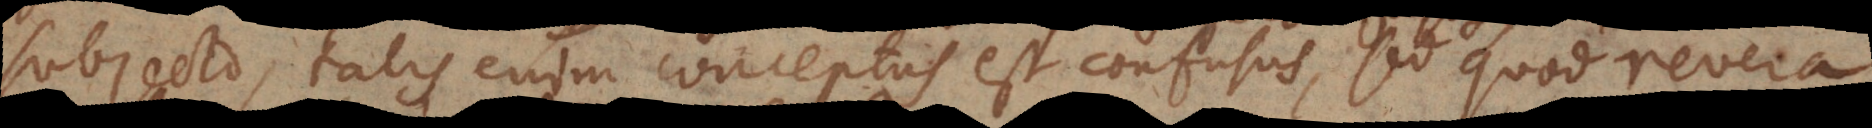
subjecto, talis enim conceptus est confusus, sed quod revera